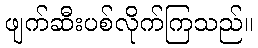
ဖျက်ဆီးပစ်လိုက်ကြသည်။